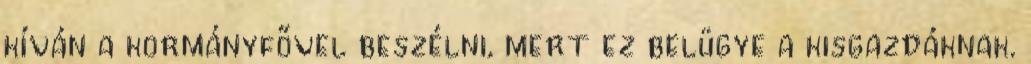
kíván a kormányfővel beszélni, mert ez belügye a kisgazdáknak.